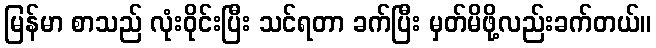
မြန်မာ စာသည် လုံးဝိုင်းပြီး သင်ရတာ ခက်ပြီး မှတ်မိဖို့လည်းခက်တယ်။